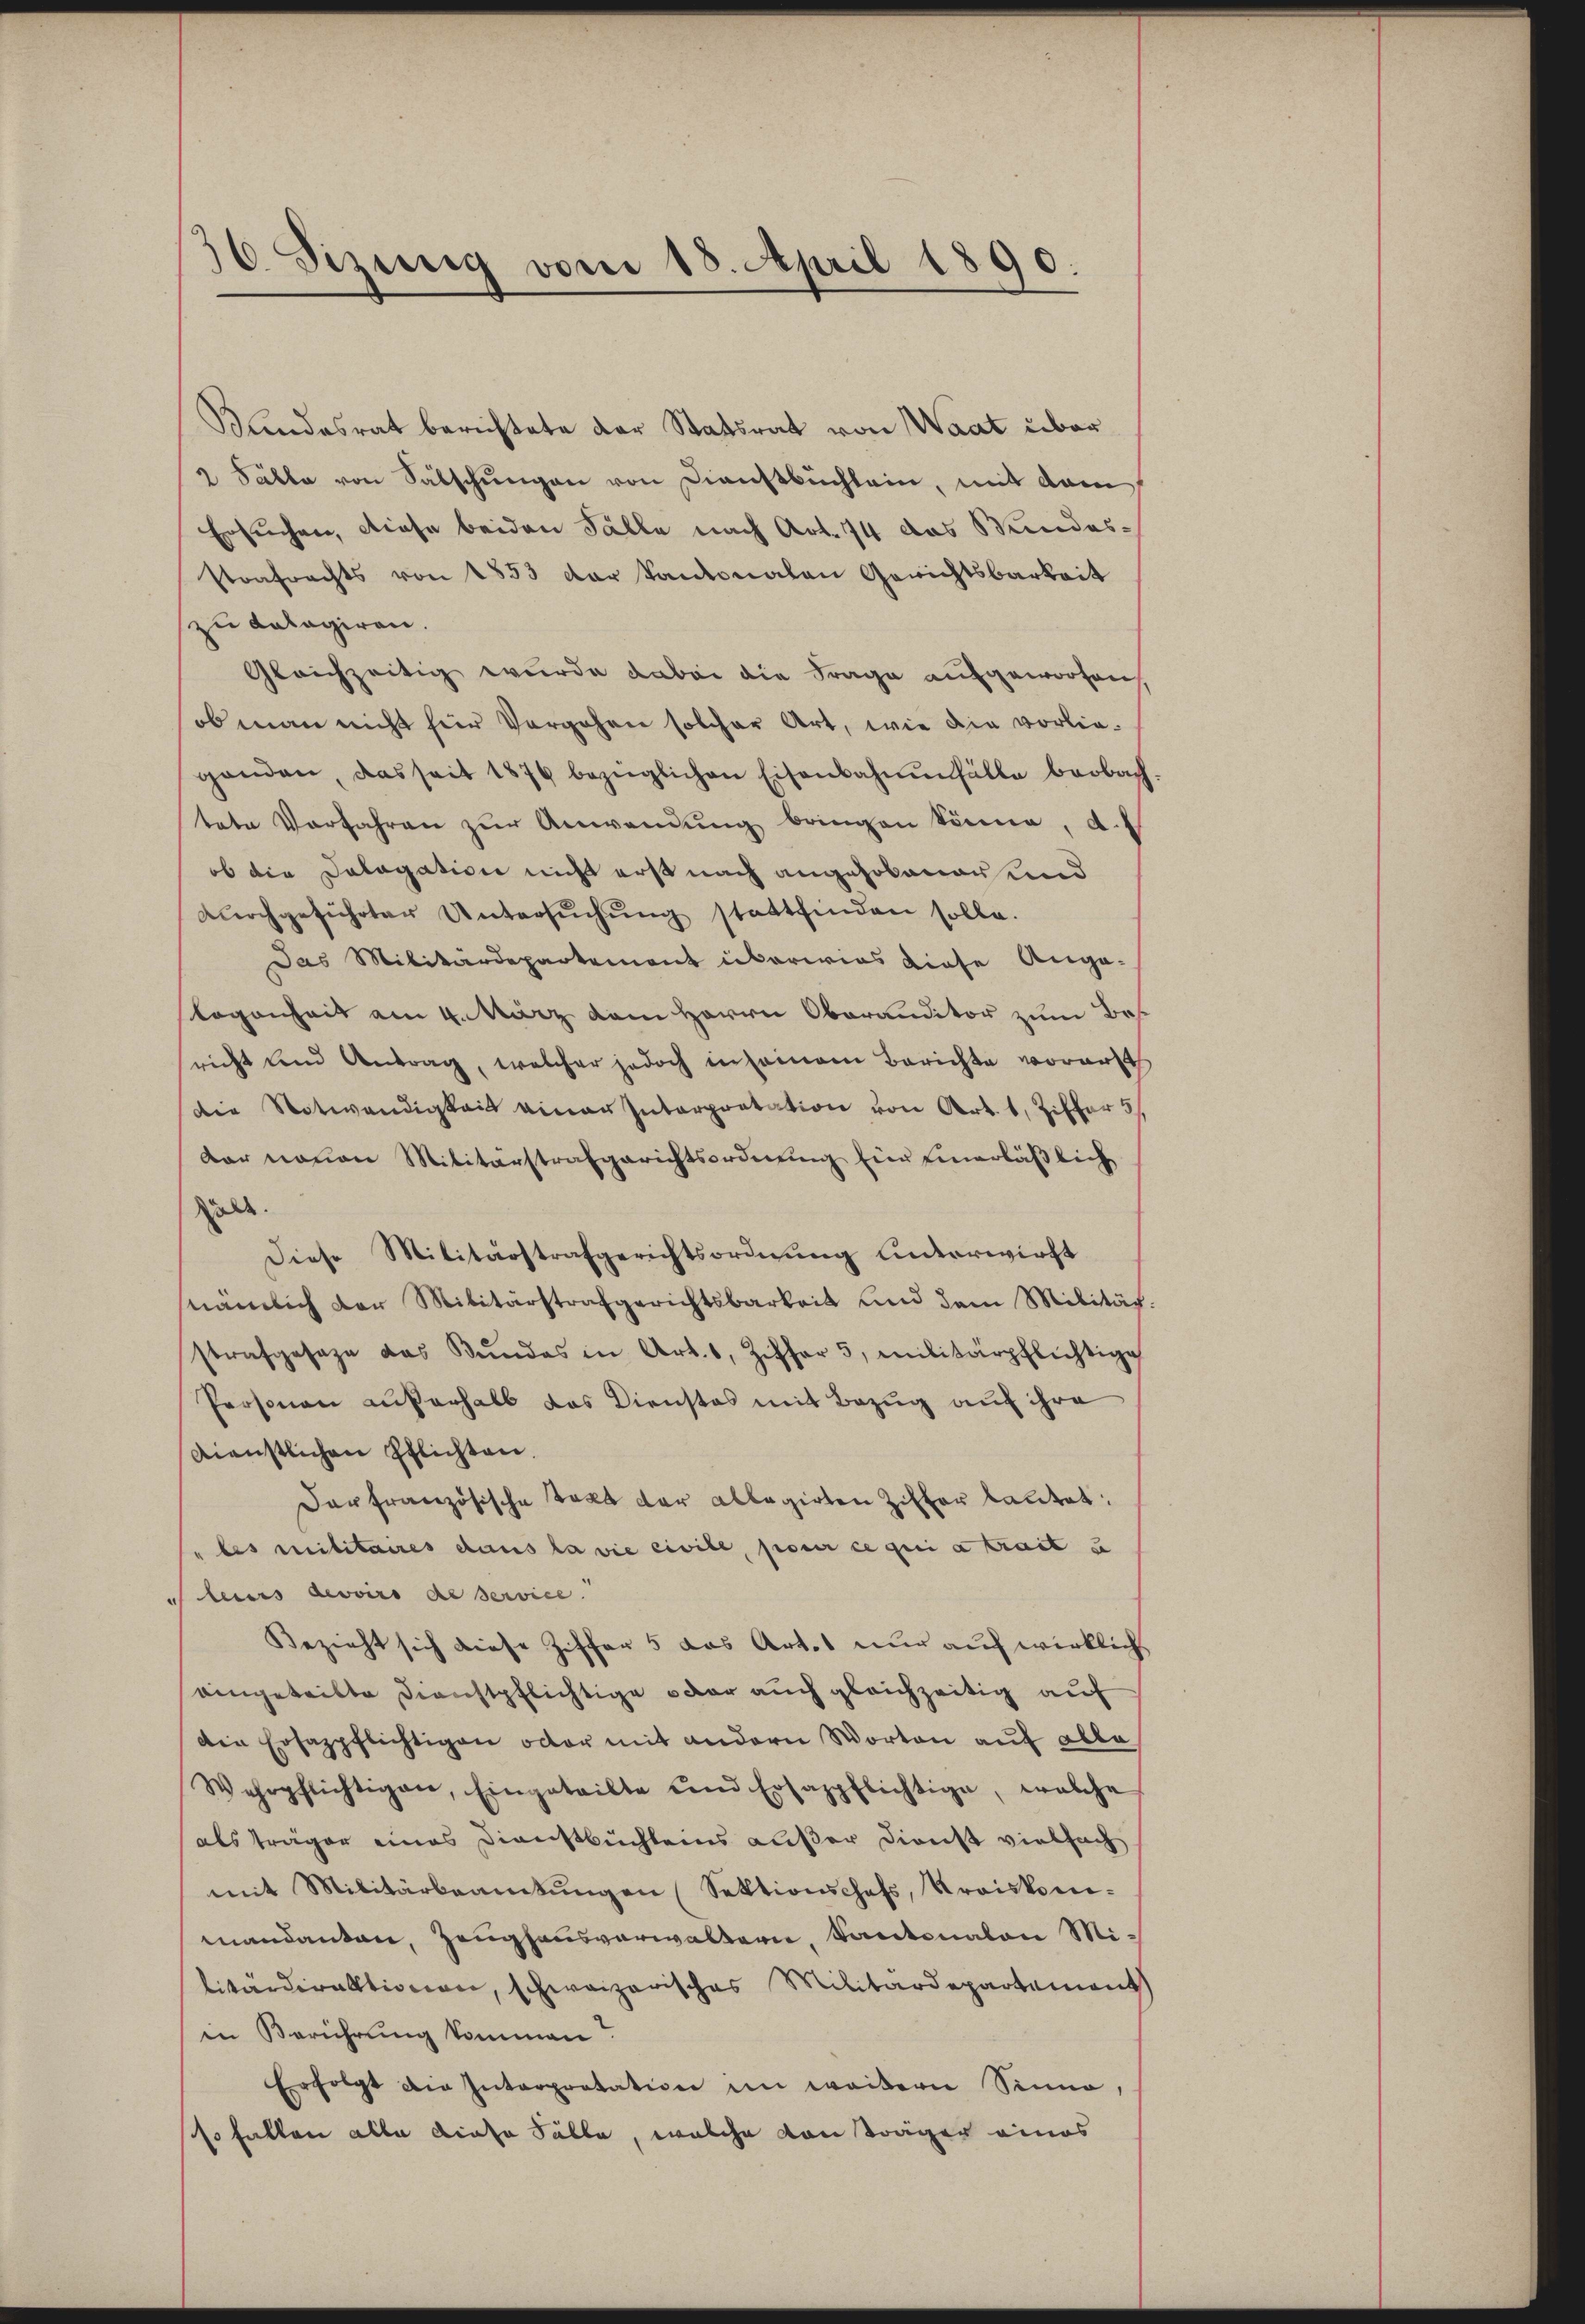
36 Sizung vom 18. April 1890.

Klandesrat berichtete der Statsrat von Waat über
2 Fälle von Sälschungen von Dienstbuchlein, mit dem
Ersuchen, diese beiden Fälle nach Art. 74 das Bundesstrafrechts von 1853 der kantonalen Gerichtsbarkeit
zu Lalagiren.
Gleichzeitig wurde dabei die Frage aufgeworfen,
ob man nicht für Vergehen solcher Art, wie die vorliegenden, das seit 1876 bezüglichen Eisenbahnenfälle beobach
tete Verfahren zŭr Anwendung bringen könne, d.
ob die Salogation nicht erst nach angehobener und
dŭrchgeführter Untersŭchŭng stattfinden solle.
Das Militärdepartement überwies diese Ange-
Logenheit am 4. März dem Herrn Oberanditor zum Bes
sricht und Antrag, welcher jedoch in seinem Berichte voranst
die Notwendigkeit einer Interpretation von Art. 1, Ziffer 3
Kar neuen Militärstrafgerichtsordnŭng für einerläßlich
ole.
Diese Militärstrafgerichtsordnung unterwirft
nämlich der Militärstrafgerichtsbarkeit und dem Militär
strafgesage das Bŭndes in Art. 1, Ziffer 5 militärpflichtige
Personen außerhalb das Dienstes mit Bezug auf ihre
dienstlichen Pflichten.
Der französische Takt der allegirten Ziffer lautet:
" bis Militaires dans la vie civile, pour ce qui a trait u
 laus devoirs de service.
Bezieht sich diese Ziffer 5 das Art. nur auf wirklich
eingeteilte Dienstpflichtige oder auch gleichzeitig auf
Die Ersazpflichtigen oder mit andern Worten auf alle
Wehrpflichtigen, Eingeteilte und Ersappflichtige, welche
als träger eines Dienstbüchleins außer Dienst vielfach
mit Militärbeamtŭngen Sektionschefs, Kraiskom-
mandanten, Zeughausverwaltern, Santonalen Militärdirektionen, schweizerisches Militärdepartement
in Berührung kommen?
Erfolgt die Interpretation im weitern Sinne,
so fallen alle diese Fälle, welche von Träger eines